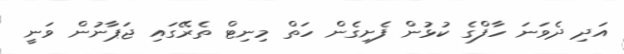
އަދި ދެވަނަ ހާފްގެ ކުޅުން ފެށިގެން ހަތް މިނިޓް ތެރޭގައި ޖަޕާނުން ވަނީ